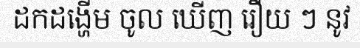
ដកដង្ហើម ចូល ឃើញ រឿយ ៗ នូវ